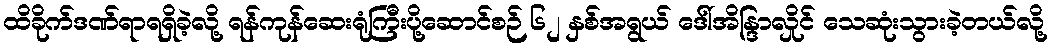
ထိခိုက်ဒဏ်ရာရရှိခဲ့လို့ ရန်ကုန်ဆေးရုံကြီးပို့ဆောင်စဉ် ၆၂ နှစ်အရွယ် ဒေါ်အိန္ဒြာလှိုင် သေဆုံးသွားခဲ့တယ်လို့